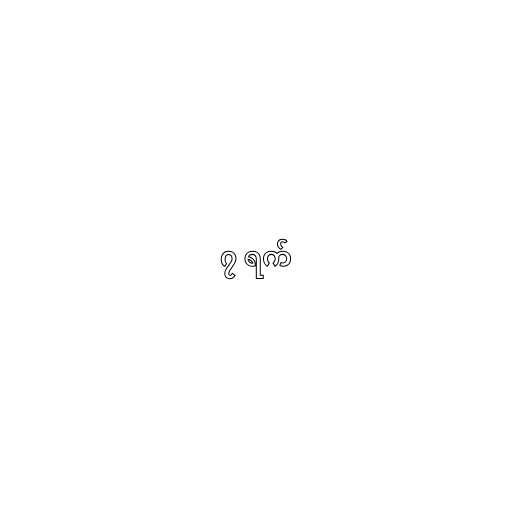
၇ ရက်